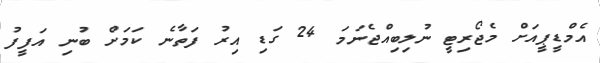
އެމްޑީޕީއަށް މެޖޯރިޓީ ނުލިބިއްޖެނަމަ 24 ގަޑި އިރު ފަތާނެ ކަމަށް ބުނި އަފީފު